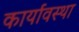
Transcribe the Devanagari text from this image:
कार्यावस्था